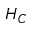
H _ { C }